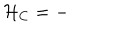
LaTeX: { \cal H } _ { \mathrm { C } } = -